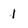
Character: 1